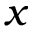
x